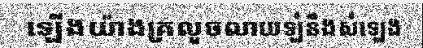
ឡើងយ៉ាងគ្រលួចលាយឡំនឹងសំឡេង